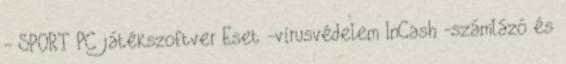
- SPORT PC játékszoftver Eset -vírusvédelem InCash -számlázó és